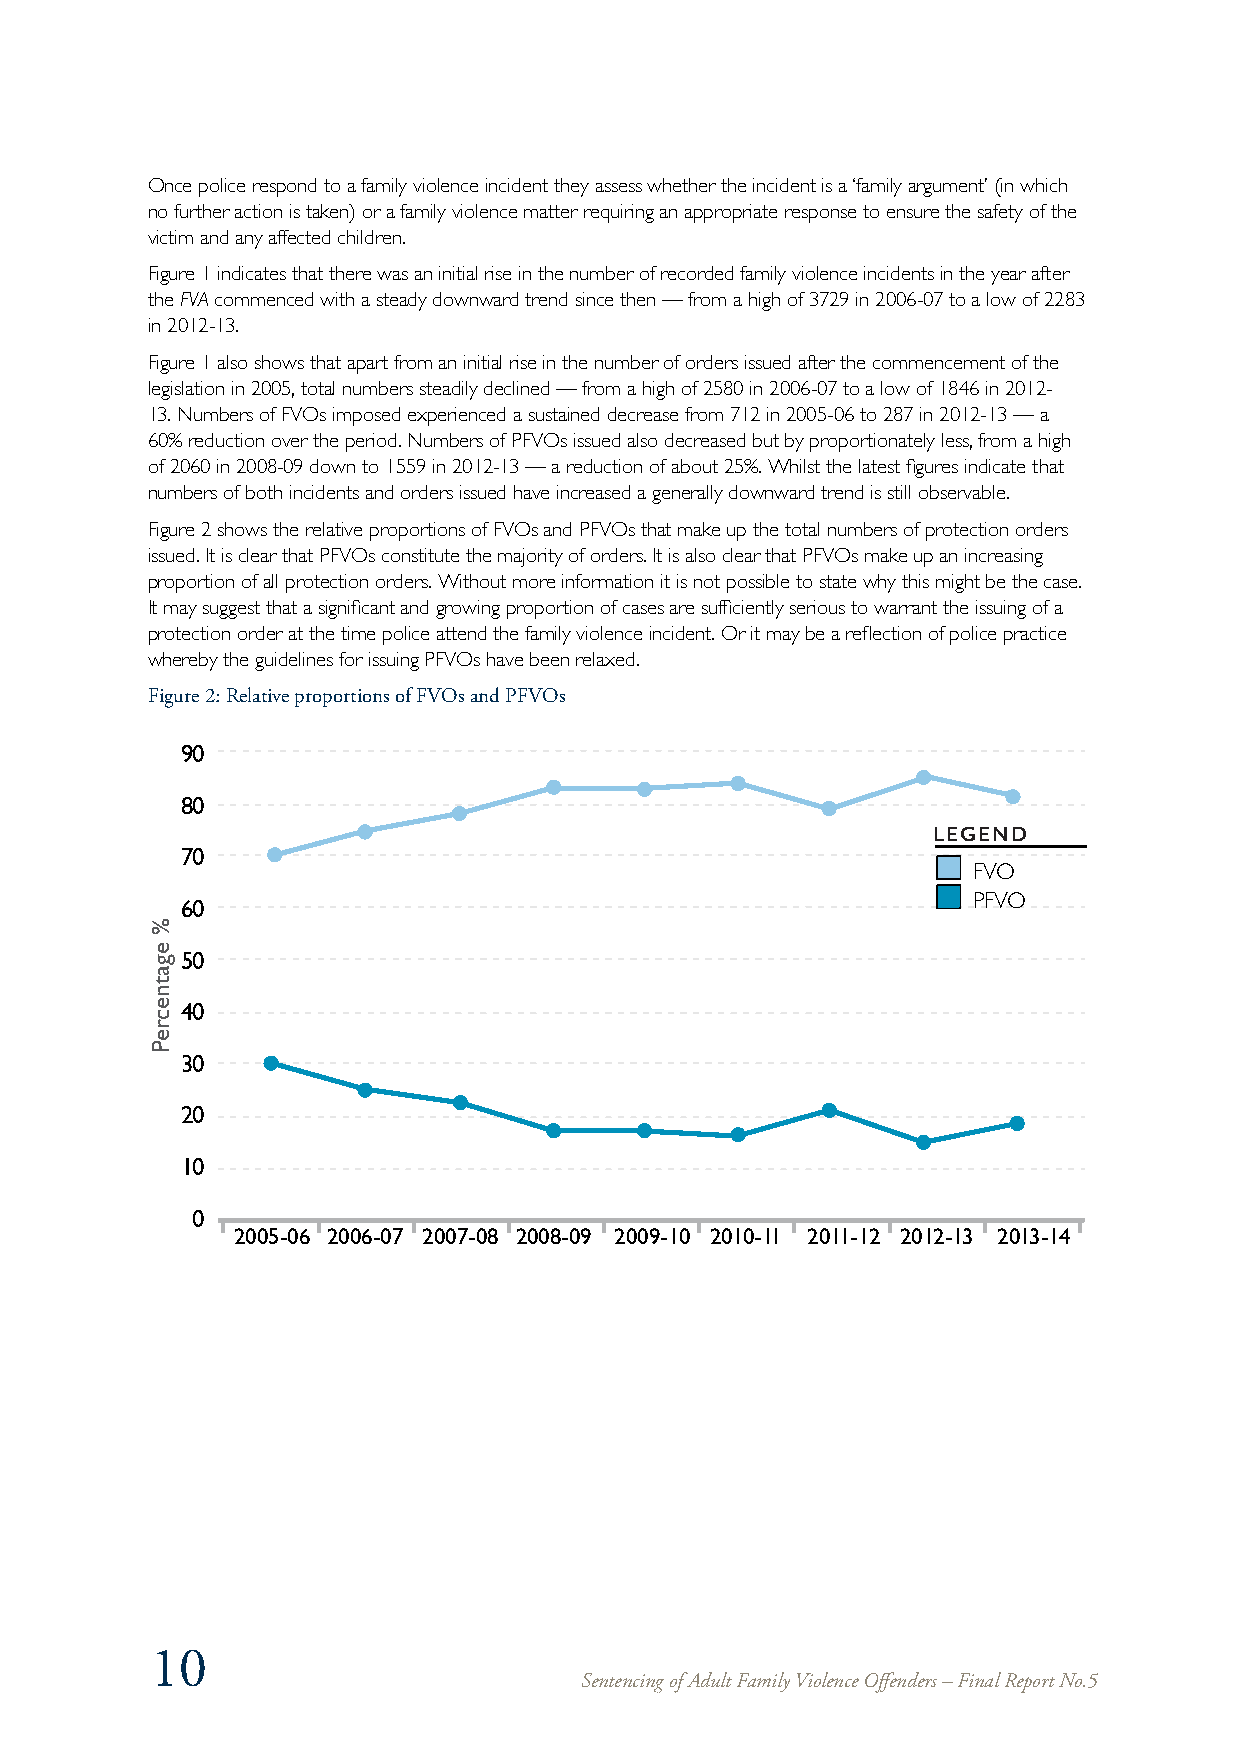
Once police respond to a family violence incident they assess whether the incident is a ‘family argument’ (in which
 no further action is taken) or a family violence matter requiring an appropriate response to ensure the safety of the
 victim and any affected children.
 Figure 1 indicates that there was an initial rise in the number of recorded family violence incidents in the year after
 the FVA commenced with a steady downward trend since then — from a high of 3729 in 2006-07 to a low of 2283
 in 2012-13.
 Figure 1 also shows that apart from an initial rise in the number of orders issued after the commencement of the
 legislation in 2005, total numbers steadily declined — from a high of 2580 in 2006-07 to a low of 1846 in 2012-
 13. Numbers of FVOs imposed experienced a sustained decrease from 712 in 2005-06 to 287 in 2012-13 — a
 60% reduction over the period. Numbers of PFVOs issued also decreased but by proportionately less, from a high
 of 2060 in 2008-09 down to 1559 in 2012-13 — a reduction of about 25%. Whilst the latest figures indicate that
 numbers of both incidents and orders issued have increased a generally downward trend is still observable.
 Figure 2 shows the relative proportions of FVOs and PFVOs that make up the total numbers of protection orders
 issued. It is clear that PFVOs constitute the majority of orders. It is also clear that PFVOs make up an increasing
 proportion of all protection orders. Without more information it is not possible to state why this might be the case.
 It may suggest that a significant and growing proportion of cases are sufficiently serious to warrant the issuing of a
 protection order at the time police attend the family violence incident. Or it may be a reflection of police practice
 whereby the guidelines for issuing PFVOs have been relaxed.
 Figure 2: Relative proportions of FVOs and PFVOs
 90
 80
 LEGEND
 70
 FVO
 60                                                  PFVO
 50
 40
 30
 20
 10
 0
 2005-06 2006-07 2007-08 2008-09 2009-10 2010-11 2011-12 2012-13 2013-14
 10
 Sentencing of Adult Family Violence Offenders – Final Report No.5
 %
 egatnecreP